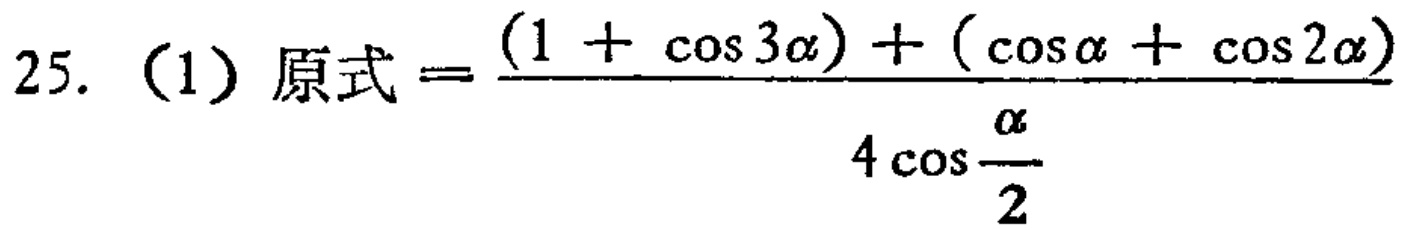
25. （1）原式 \(=\frac{(1 + \cos 3\alpha)+(\cos\alpha+\cos 2\alpha)}{4\cos\frac{\alpha}{2}}\)